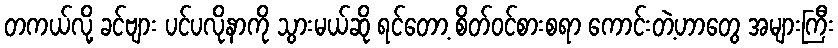
တကယ်လို့ ခင်ဗျား ပင်ပလိုနာကို သွားမယ်ဆို ရင်တော့ စိတ်ဝင်စားစရာ ကောင်းတဲ့ဟာတွေ အများကြီး